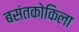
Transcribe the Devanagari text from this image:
बसंतकोकिला